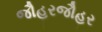
જૌહરજૌહર